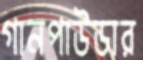
গানপাউডার